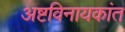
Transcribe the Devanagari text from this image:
अष्टविनायकांत